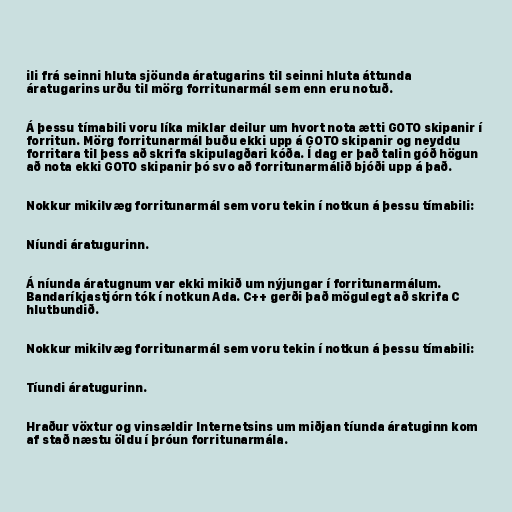
ili frá seinni hluta sjöunda áratugarins til seinni hluta áttunda
áratugarins urðu til mörg forritunarmál sem enn eru notuð.

Á þessu tímabili voru líka miklar deilur um hvort nota ætti GOTO skipanir í
forritun. Mörg forritunarmál buðu ekki upp á GOTO skipanir og neyddu
forritara til þess að skrifa skipulagðari kóða. Í dag er það talin góð högun
að nota ekki GOTO skipanir þó svo að forritunarmálið bjóði upp á það.

Nokkur mikilvæg forritunarmál sem voru tekin í notkun á þessu tímabili:

Níundi áratugurinn.

Á níunda áratugnum var ekki mikið um nýjungar í forritunarmálum.
Bandaríkjastjórn tók í notkun Ada. C++ gerði það mögulegt að skrifa C
hlutbundið.

Nokkur mikilvæg forritunarmál sem voru tekin í notkun á þessu tímabili:

Tíundi áratugurinn.

Hraður vöxtur og vinsældir Internetsins um miðjan tíunda áratuginn kom
af stað næstu öldu í þróun forritunarmála.